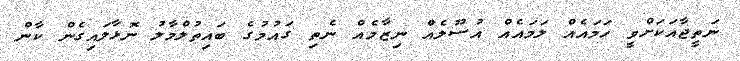
ނަތީޖާއަކަށްވީ ހަމައެއް ލަމައެއް އުސޫލެއް ނިޒާމެއް ނެތި ގައުމުގެ ބައިތުލްމާލު ނޮޅާލައިގެން ކާން